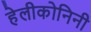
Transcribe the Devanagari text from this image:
हेलीकोनिनी